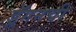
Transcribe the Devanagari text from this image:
ड्रॅगनची